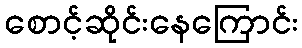
စောင့်ဆိုင်းနေကြောင်း